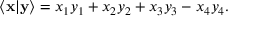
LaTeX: \langle \mathbf { x } | \mathbf { y } \rangle = x _ { 1 } y _ { 1 } + x _ { 2 } y _ { 2 } + x _ { 3 } y _ { 3 } - x _ { 4 } y _ { 4 } .